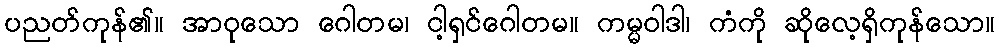
ပညတ်ကုန်၏။ အာဝုသော ဂေါတမ၊ ငါ့ရှင်ဂေါတမ။ ကမ္မဝါဒါ၊ ကံကို ဆိုလေ့ရှိကုန်သော။